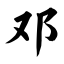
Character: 邓